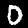
Digit: 0